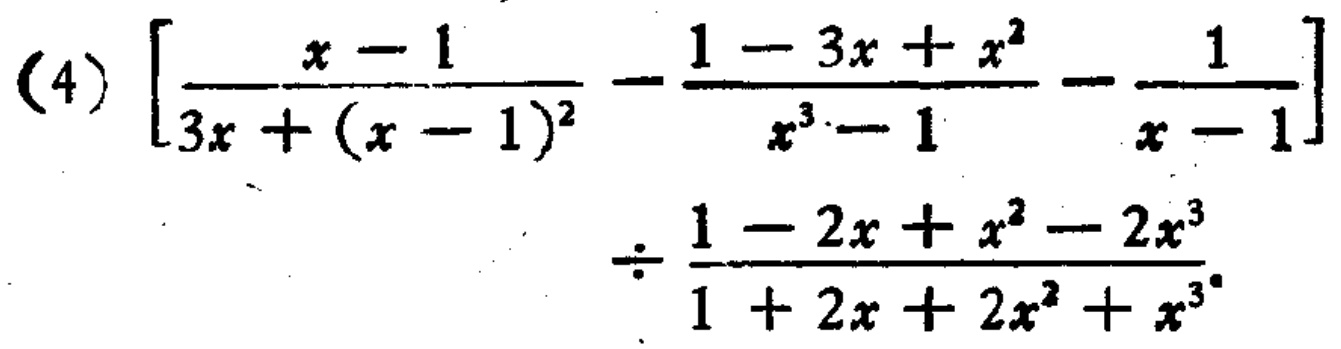
\[

\begin{align*}

& \left[\frac{x - 1}{3x+(x - 1)^2}-\frac{1 - 3x + x^2}{x^3 - 1}-\frac{1}{x - 1}\right]\\

& \div\frac{1 - 2x + x^2 - 2x^3}{1 + 2x + 2x^2 + x^3}

\end{align*}

\]